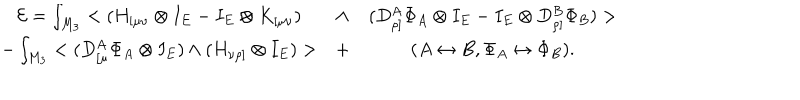
\begin{array} { c c c } { { { \cal E } = \int _ { M _ { 3 } } < ( H _ { [ \mu \nu } \otimes I _ { E } - I _ { E } \otimes K _ { [ \mu \nu } ) } } & { { \wedge } } & { { ( D _ { \rho ] } ^ { A } \Phi _ { A } \otimes I _ { E } - I _ { E } \otimes D _ { \rho ] } ^ { B } \Phi _ { B } ) > } } \\ { { - \int _ { M _ { 3 } } < ( D _ { [ \mu } ^ { A } \Phi _ { A } \otimes I _ { E } ) \wedge ( H _ { \nu \rho ] } \otimes I _ { E } ) > } } & { { + } } & { { ( A \leftrightarrow B , \Phi _ { A } \leftrightarrow \Phi _ { B } ) . } } \\ \end{array}